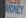
money